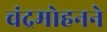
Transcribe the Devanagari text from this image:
चंद्रमोहनने